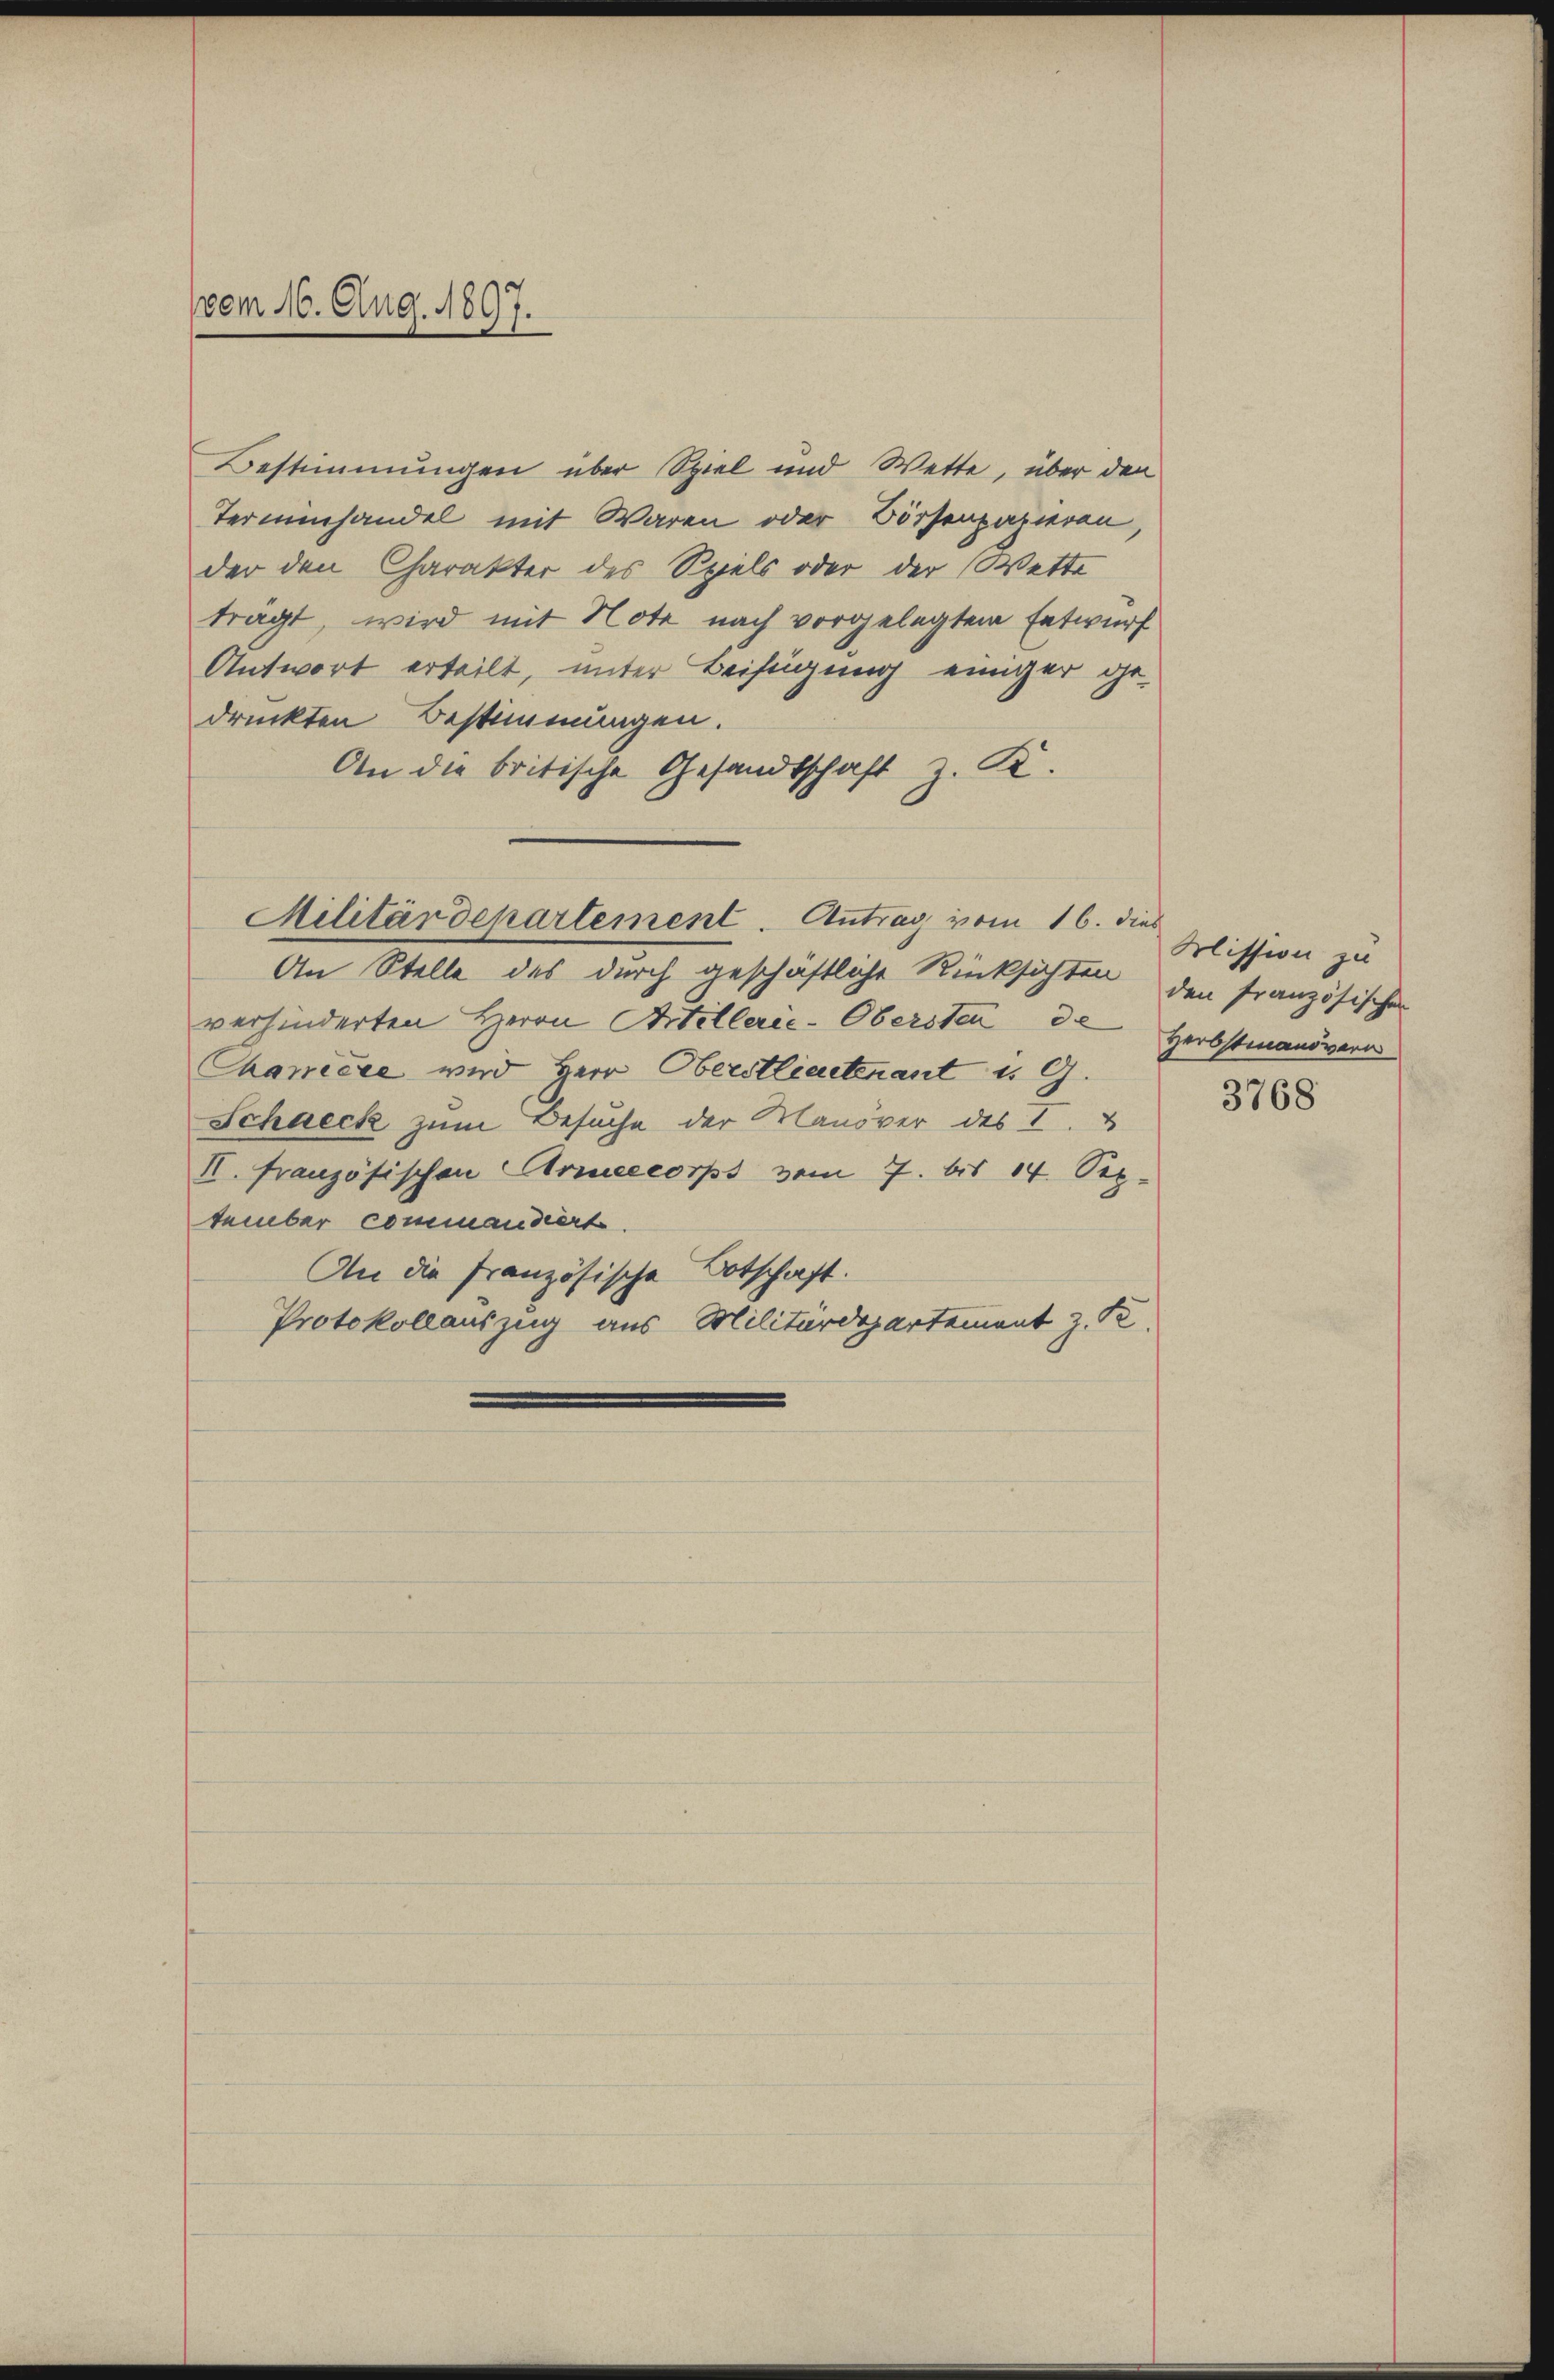
(vom 16. Aug. 1897.

Bestimmungen über Spiel und Wette, über den
Terminhandel mit Waren oder Börsenparieren,
der den Charakter des Spiels oder der Wette
trägt, wird mit Note nach vorgelegtem Entwurf
Antwort erteilt, unter Beifügung einiger ge-
druckten Bestimmungen.
An die britische Gesandtschaft z. K.

Militärdepartement. Antrag vom 16. dies
An Stelle des durch geschäftliche Rücksichten den französischen

verhinderten Herrn Artillerie-Obersten 3 Herbstmanövern
Chamere wird Herr Oberstlieutenant u. G.
Schaeck zum Besuche der Manöver des 1.
II. Französischen Armeecorps vom 7. bis 14. Sep.
tember commandiert.
An die französische Botschaft.
Protokollauszug aus Militärdepartement z. P

Mission zu
3768